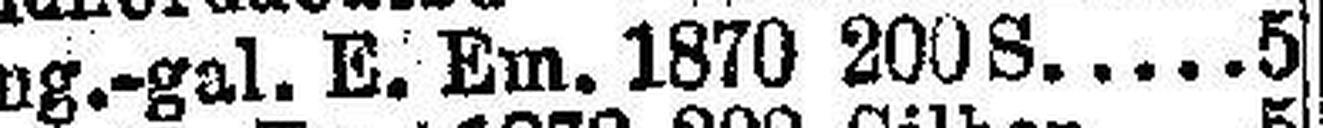
Ung.-gal. E. Em. 1870 200S. 5